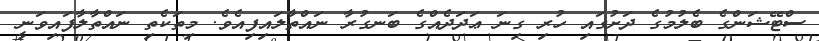
ސްޓޭޝަންގެ ބެލުމުގެ ދަށުގައި ހުރި ގިނަ ޢަދަދެއްގެ ބަނގުރާ ނައްތާލައިފިއެވެ. މިތަކެތި ނައްތާލާފައިވަނީ